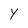
Character: Y